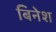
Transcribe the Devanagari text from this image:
बिनेश